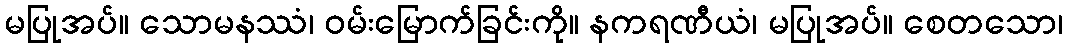
မပြုအပ်။ သောမနဿံ၊ ဝမ်းမြောက်ခြင်းကို။ နကရဏီယံ၊ မပြုအပ်။ စေတသော၊